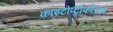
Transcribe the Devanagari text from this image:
काइटोप्ट्रोफोरस